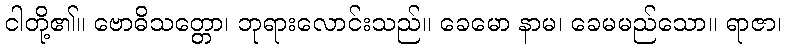
ငါတို့၏။ ဗောဓိသတ္တော၊ ဘုရားလောင်းသည်။ ခေမော နာမ၊ ခေမမည်သော။ ရာဇာ၊